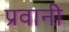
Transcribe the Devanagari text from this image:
प्रवानी